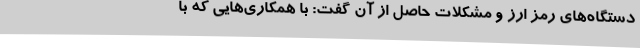
دستگاه‌های رمز ارز و مشکلات حاصل از آن‌ گفت: با همکاری‌هایی که با